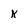
Character: k